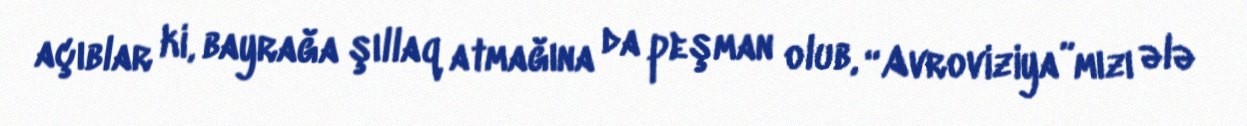
açıblar ki, bayrağa şıllaq atmağına da peşman olub, “Avroviziya”mızı ələ